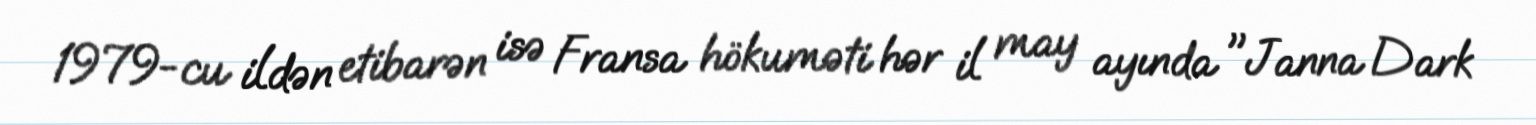
1979-cu ildən etibarən isə Fransa hökuməti hər il may ayında "Janna Dark